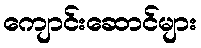
ကျောင်းဆောင်များ